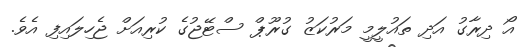
އޯ ދިރާގު އަދި ތައުލީމީ މަރުކަޒު ގުރޫޕް ސްޓޭޖުގެ ކުރިއަށް ޖެހިލައިފި އެވެ.